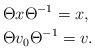
\begin{align*}& \Theta x\Theta^{-1}=x, \\& \Theta v_{0} \Theta^{-1}=v.\end{align*}